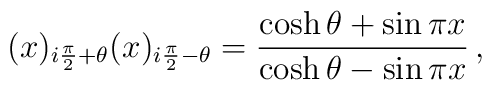
(x)_{i\frac{\pi }{2}+\theta }(x)_{i\frac{\pi }{2}-\theta }=\frac{\cosh\theta +\sin \pi x}{\cosh \theta -\sin \pi x} \,,